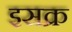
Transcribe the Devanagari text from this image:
इसक्र